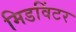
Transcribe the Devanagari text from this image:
मिडविंटर